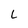
Character: L